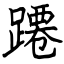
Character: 蹮